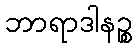
ဘာရာဒါနဉ္စ